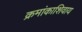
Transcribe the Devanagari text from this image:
क्रमांकाशिवाय